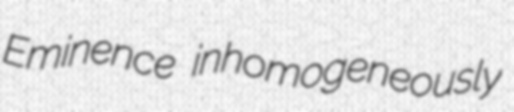
Eminence inhomogeneously